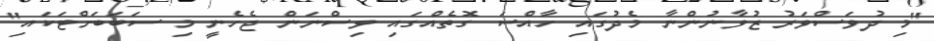
"މި ދުވަސްވަރު ޒުވާނުންނާ މެދުގައި ހާއްސަ ގޮތެއްގައި ވިސްނަން ޖެހެނީ މި ސަބަބަށްޓަކައި"